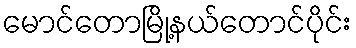
မောင်တောမြို့နယ်တောင်ပိုင်း